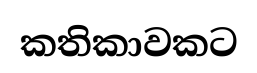
කතිකාවකට